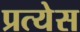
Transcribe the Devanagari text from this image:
प्रत्येस